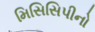
મિસિસિપીનો